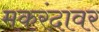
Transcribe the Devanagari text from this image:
मकरंदावर